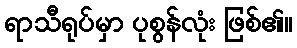
ရာသီရုပ်မှာ ပုစွန်လုံး ဖြစ်၏။